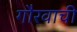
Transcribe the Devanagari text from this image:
गौरवाची